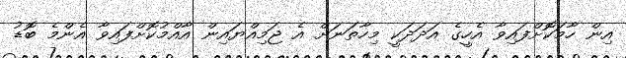
އިން ހާމަކޮށްފައިވާ އެހީގެ އަދަދަކީ މިހާތަނަށް އެ ޖަމިއްޔައިން އާއްމުކޮށްފައިވާ އެންމެ ބޮޑު